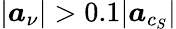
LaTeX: |\boldsymbol{a}_{\nu}|>0.1|\boldsymbol{a}_{c_{S}}|